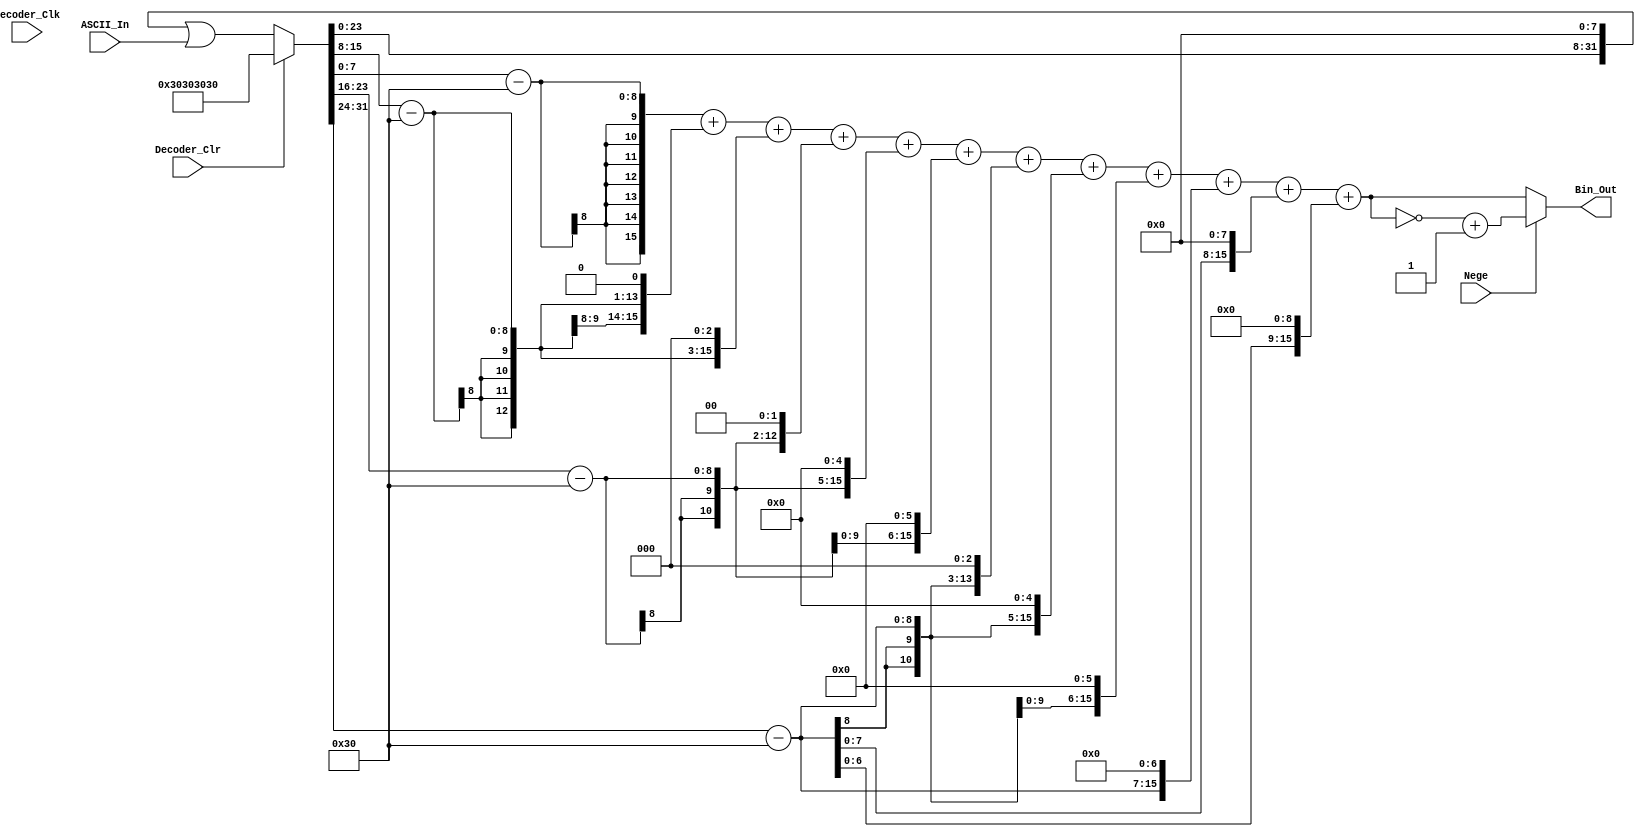
//4ASCII16
module ASCII_2_Num_Decoder(
Decoder_Clr, Decoder_Clk, Nege,
ASCII_In, Bin_Out
);
input wire Decoder_Clr;     //0
input wire Decoder_Clk;     //
input wire [7:0] ASCII_In;  //ASCII
input wire Nege;            //
output reg [15:0] Bin_Out;  //

reg [15:0] Bin_Out_temp = 0;
reg [31:0] ASCII_Seq = 32'h30303030;

//-----------------------------------------------------------------------
//
    always @( Decoder_Clk ) begin 
        if ( ~Decoder_Clr )    
            ASCII_Seq = ASCII_Seq<<8 | ASCII_In;
        else
            ASCII_Seq = 32'h30303030;
    end   


//-----------------------------------------------------------------------
//
    always @(*)begin
        Bin_Out_temp = ASCII_Seq [ 7 : 0 ] - 48 + ((ASCII_Seq [ 15 : 8 ] - 48 ) << 1 ) + ((ASCII_Seq [15 : 8 ] - 48 ) << 3 ) +
               ((ASCII_Seq [ 23 : 16 ] - 48 ) << 2 ) + ((ASCII_Seq [ 23 : 16 ] - 48 ) << 5 ) + ((ASCII_Seq [ 23 : 16 ] - 48 ) << 6 ) +
               ((ASCII_Seq [ 31 : 24 ] - 48 ) << 3 ) + ((ASCII_Seq [ 31 : 24 ] - 48 ) << 5 ) + ((ASCII_Seq [ 31 : 24 ] - 48 ) << 6 ) +
               ((ASCII_Seq [ 31 : 24 ] - 48 ) << 7 ) + ((ASCII_Seq [ 31 : 24 ] - 48 ) << 8 ) + ((ASCII_Seq [ 31 : 24 ] - 48 ) << 9 );
        if ( Nege )
            Bin_Out = ~Bin_Out_temp + 1;
        else 
            Bin_Out = Bin_Out_temp;
    end
         
endmodule